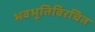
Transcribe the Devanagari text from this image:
भवभूतिविरचित